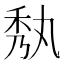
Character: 𮂼